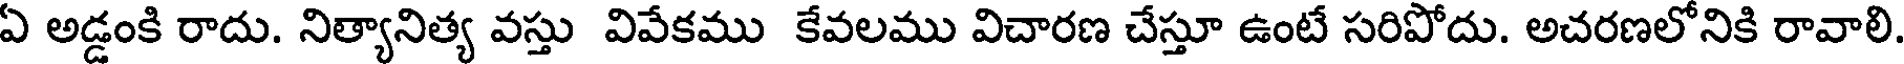
ఏ అడ్డంకి రాదు. నిత్యానిత్య వస్తు వివేకము కేవలము విచారణ చేస్తూ ఉంటే సరిపోదు. అచరణలోనికి రావాలి